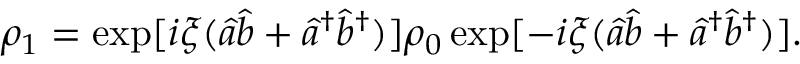
\rho _ { 1 } = \exp [ i \xi ( \hat { a } \hat { b } + \hat { a } ^ { \dagger } \hat { b } ^ { \dagger } ) ] \rho _ { 0 } \exp [ - i \xi ( \hat { a } \hat { b } + \hat { a } ^ { \dagger } \hat { b } ^ { \dagger } ) ] .